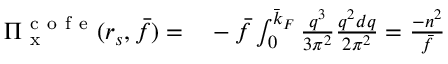
\begin{array} { r l } { \Pi _ { \mathrm { ~ x ~ } } ^ { \mathrm { ~ c ~ o ~ f ~ e ~ } } ( r _ { s } , \bar { f } ) = } & { { } - \bar { f } \int _ { 0 } ^ { \bar { k } _ { F } } \frac { q ^ { 3 } } { 3 \pi ^ { 2 } } \frac { q ^ { 2 } d q } { 2 \pi ^ { 2 } } = \frac { - n ^ { 2 } } { \bar { f } } } \end{array}